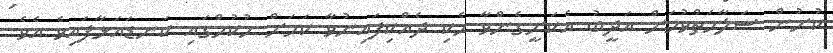
ކުށުން ސަލާމަތްވުމަށް އަދީބު އެކަށީގެންވާ ހެކި ދެއްކިފައިނުވާ ކަމަށް ހުކުމްގައި ކަނޑައަޅާފައިވެ އެވެ.